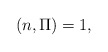
\begin{align*}(n, \Pi) = 1,\end{align*}